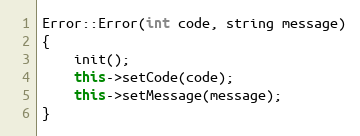
Language: C++
Error::Error(int code, string message)
{
	init();
	this->setCode(code);
	this->setMessage(message);
}